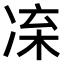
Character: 𠗛